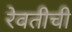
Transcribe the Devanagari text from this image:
रेवतीची